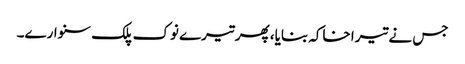
جس نے تیرا خاکہ بنایا، پھر تیرے نوک پلک سنوارے۔